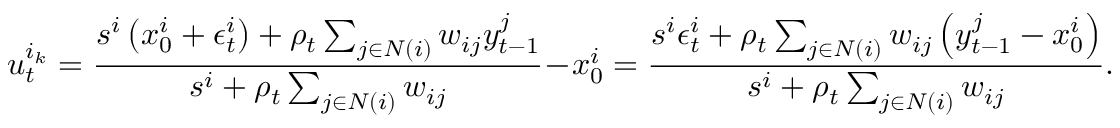
u _ { t } ^ { i _ { k } } = \frac { s ^ { i } \left( x _ { 0 } ^ { i } + \epsilon _ { t } ^ { i } \right) + \rho _ { t } \sum _ { j \in N ( i ) } w _ { i j } y _ { t - 1 } ^ { j } } { s ^ { i } + \rho _ { t } \sum _ { j \in N ( i ) } w _ { i j } } - x _ { 0 } ^ { i } = \frac { s ^ { i } \epsilon _ { t } ^ { i } + \rho _ { t } \sum _ { j \in N ( i ) } w _ { i j } \left( y _ { t - 1 } ^ { j } - x _ { 0 } ^ { i } \right) } { s ^ { i } + \rho _ { t } \sum _ { j \in N ( i ) } w _ { i j } } .